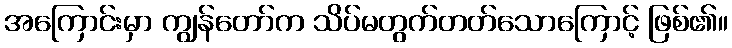
အကြောင်းမှာ ကျွန်တော်က သိပ်မတွက်တတ်သောကြောင့် ဖြစ်၏။